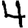
Digit: 4